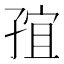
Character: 𭓍